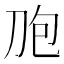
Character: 𰄤